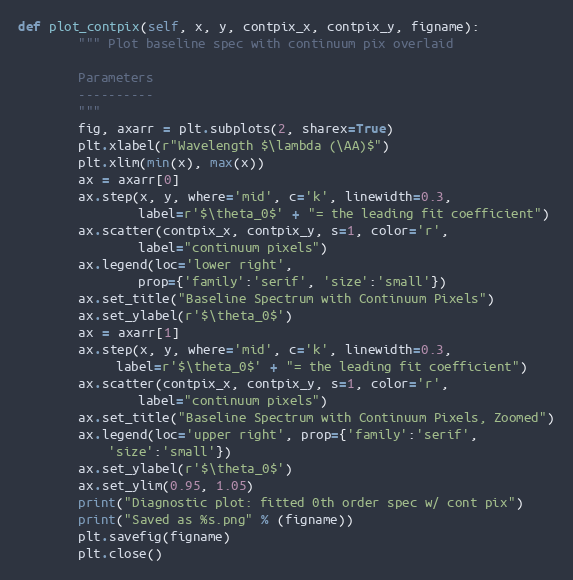
Language: Python
def plot_contpix(self, x, y, contpix_x, contpix_y, figname):
        """ Plot baseline spec with continuum pix overlaid

        Parameters
        ----------
        """
        fig, axarr = plt.subplots(2, sharex=True)
        plt.xlabel(r"Wavelength $\lambda (\AA)$")
        plt.xlim(min(x), max(x))
        ax = axarr[0]
        ax.step(x, y, where='mid', c='k', linewidth=0.3,
                label=r'$\theta_0$' + "= the leading fit coefficient")
        ax.scatter(contpix_x, contpix_y, s=1, color='r',
                label="continuum pixels")
        ax.legend(loc='lower right',
                prop={'family':'serif', 'size':'small'})
        ax.set_title("Baseline Spectrum with Continuum Pixels")
        ax.set_ylabel(r'$\theta_0$')
        ax = axarr[1]
        ax.step(x, y, where='mid', c='k', linewidth=0.3,
             label=r'$\theta_0$' + "= the leading fit coefficient")
        ax.scatter(contpix_x, contpix_y, s=1, color='r',
                label="continuum pixels")
        ax.set_title("Baseline Spectrum with Continuum Pixels, Zoomed")
        ax.legend(loc='upper right', prop={'family':'serif',
            'size':'small'})
        ax.set_ylabel(r'$\theta_0$')
        ax.set_ylim(0.95, 1.05)
        print("Diagnostic plot: fitted 0th order spec w/ cont pix")
        print("Saved as %s.png" % (figname))
        plt.savefig(figname)
        plt.close()